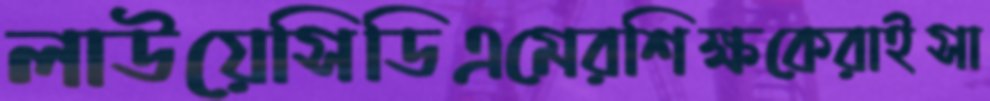
লাউয়েসিডিএমেরশিক্ষকেরাইসা